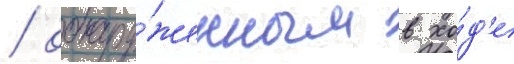
/ обнару́женным в хо́д'е